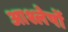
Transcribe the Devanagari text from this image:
आश्लेषों